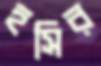
হসির